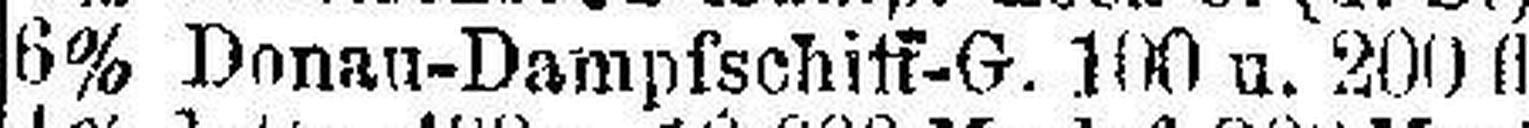
6% Donan-Dampfschilf-G. 100 u. 200 fl.